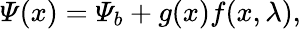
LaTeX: \varPsi(x)=\varPsi_{b}+g(x)f(x,\lambda),